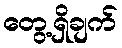
တွေ့ရှိချက်